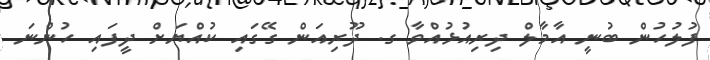
ފުލުހުން ބުނީ އާމާލް ދިރިއުޅުއްވާ ގ. ދޫރިއަން ގޭގައި ކުއްޔަށް ދީފައި ހުންނަ